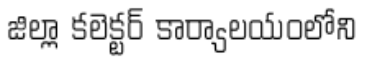
జిల్లా కలెక్టర్ కార్యాలయంలోని